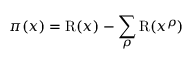
\pi ( x ) = \operatorname { R } ( x ) - \sum _ { \rho } \operatorname { R } ( x ^ { \rho } )